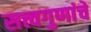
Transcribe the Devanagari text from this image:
सत्त्वगुणांचे